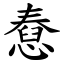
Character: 憃